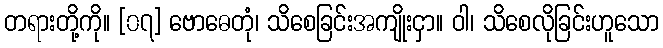
တရားတို့ကို။ [၀၇] ဗောဓေတုံ၊ သိစေခြင်းအကျိုးငှာ။ ဝါ၊ သိစေလိုခြင်းဟူသော